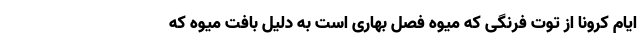
ایام کرونا از توت فرنگی که میوه فصل بهاری است به دلیل بافت میوه که